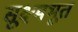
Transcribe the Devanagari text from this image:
सूक्ष्मभूत